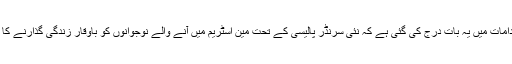
اعتماد سازی کے اقدامات میں یہ بات درج کی گئی ہے کہ نئی سرنڈر پالیسی کے تحت مین اسٹریم میں آنے والے نوجوانوں کو باوقار زندگی گذارنے کا موقعہ دیا جا سکے۔